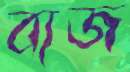
ব্যজ